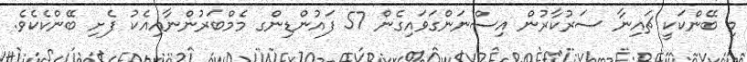
މި ބޭންކަކީ ޗައިނާ ސަރުކާރުން އިސްނަންގަވައިގެން 57 ފައުންޑިންގ މެމްބަރުންނާއިއެކު ފެށި ބޭންކެކެވެ.